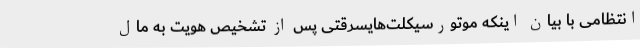
انتظامی با بیان اینکه موتورسیکلت‌هایسرقتی پس از تشخیص هویت به مال